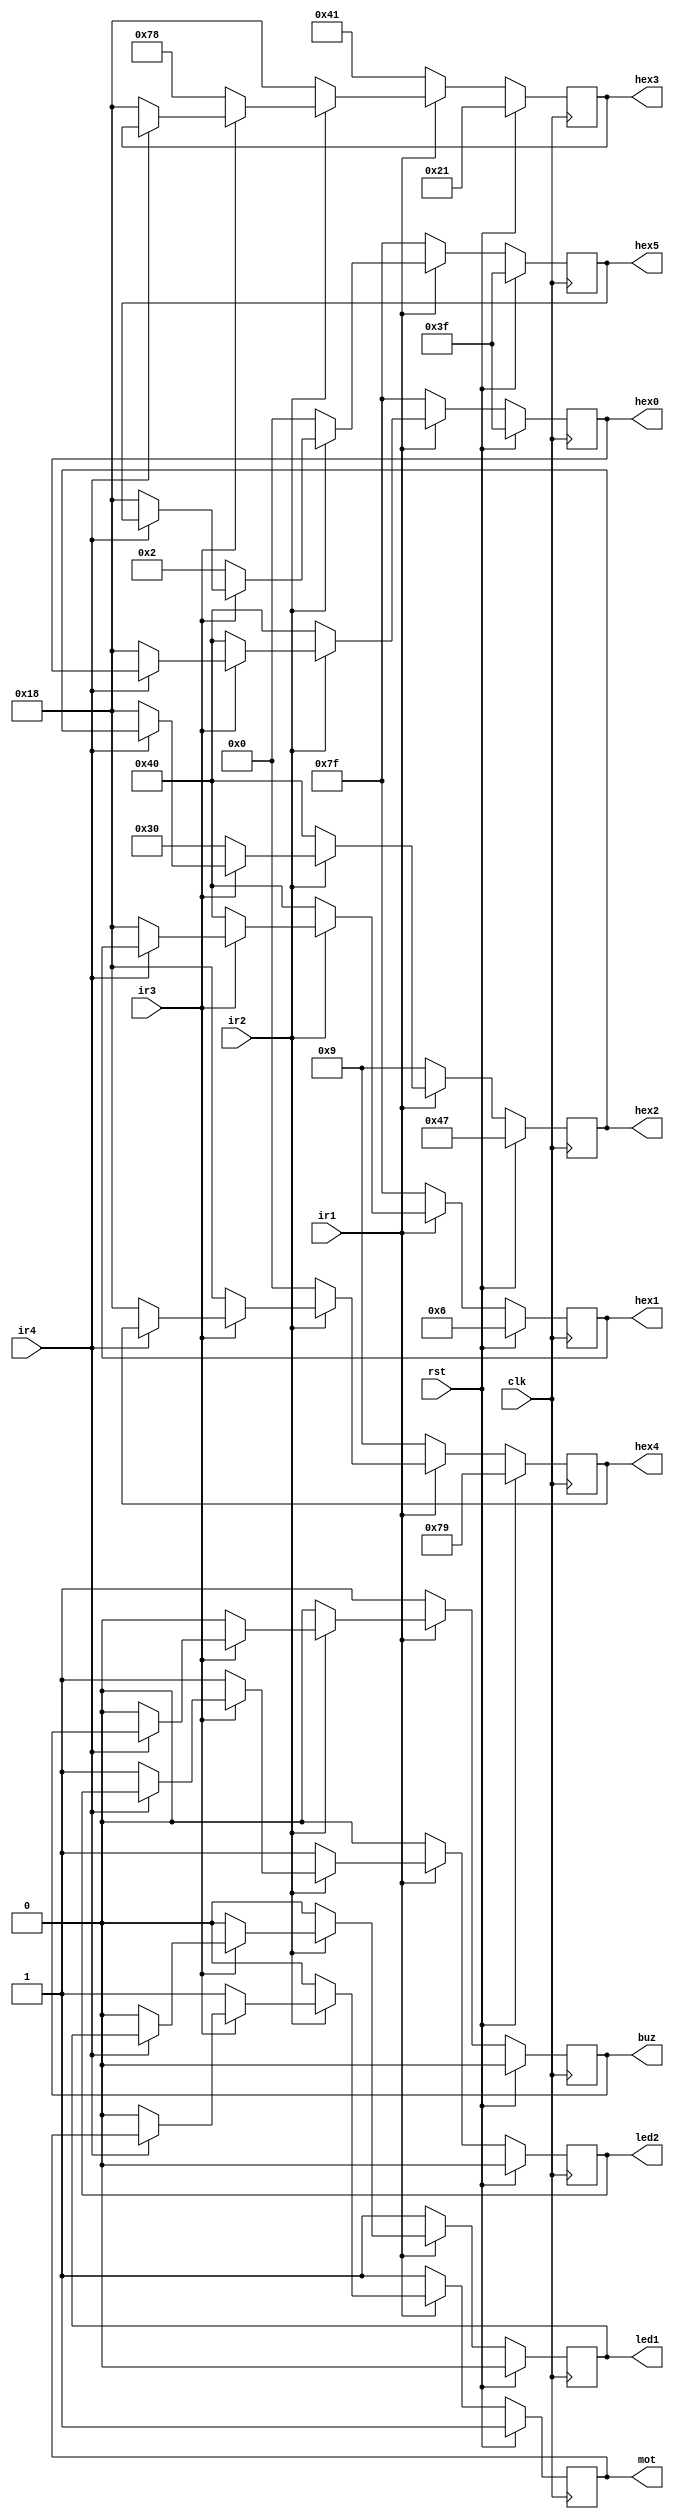
module irfan(
input wire clk,rst,ir1,ir2,ir3,ir4,
output reg led1,led2,buz,mot,
output reg [6:0]hex0,hex1,hex2,hex3,hex4,hex5);
																		//led1 is red, led2 is green
																		//ir1 is for red led, ir2 is for green led
always@(posedge clk)
begin
	if(rst)
	begin
	led1<=1'b0;
	led2<=1'b0;
	buz<=1'b0;
	mot<=1'b1;
	hex0=7'b0111111;
	hex1=7'b0000110;
	hex2=7'b1000111;
	hex3=7'b0100001;
	hex4=7'b1111001;
	hex5=7'b0111111;							//display -IdLE-
	end
	else if(ir1==1'b0)
	begin
	led1<=1'b1;
	led2<=1'b0;
	buz<=1'b1;
	mot<=1'b1;
	hex0=7'b1111111;
	hex1=7'b1111111;
	hex2=7'b0001001;
	hex3=7'b1000001;
	hex4=7'b0001001;
	hex5=7'b1111111;                    //display HUH 
	end
	else if(ir2==1'b0)
	begin
	led2<=1'b1;
	led1<=1'b0;
	buz<=1'b0;
	mot<=1'b0;
	hex0=7'b1000000;
	hex1=7'b1000000;
	hex2=7'b1000000;
	hex3=7'b0011000;
	hex4=7'b0000000;
	hex5=7'b0000000;							//display 88 9000
	end
	else if(ir3==1'b0)
	begin
	led2<=1'b1;
	led1<=1'b0;
	buz<=1'b0;
	mot<=1'b1;
	hex0=7'b1000000;
	hex1=7'b1000000;
	hex2=7'b0110000;
	hex3=7'b1111000;
	hex4=7'b0011000;
	hex5=7'b0000010;							//display 69 7300
	end
	else if(ir4==1'b0)
	begin
	led2<=1'b1;
	led1<=1'b0;
	buz<=1'b0;
	mot<=1'b0;
	hex0=7'b0011000;
	hex1=7'b0011000;
	hex2=7'b0011000;
	hex3=7'b0011000;
	hex4=7'b0011000;
	hex5=7'b0011000;							//display 99 9999
	end
end
endmodule